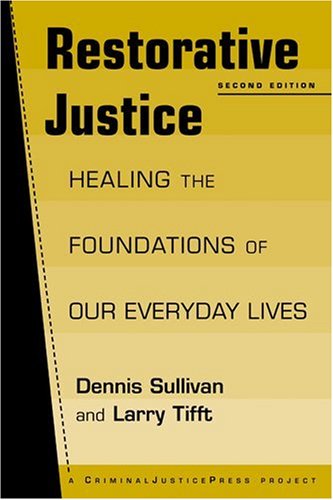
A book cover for Restorative Justice: Healing the Foundations of Our Everyday Life, 2nd Edition; Dennis Sullivan; Law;